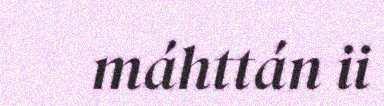
máhttán ii